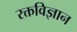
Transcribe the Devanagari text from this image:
रक्तविज्ञान